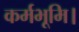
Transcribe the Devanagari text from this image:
कर्मभूमि।